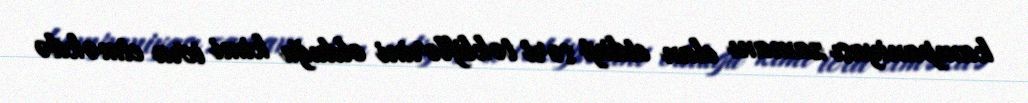
kampaniyası zamanı elan etdiyi sərt təkliflərini olduğu kimi icra etməkdə